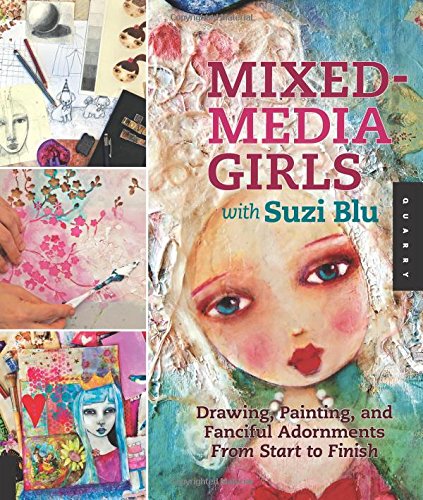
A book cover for Mixed-Media Girls with Suzi Blu: Drawing, Painting, and Fanciful Adornments from Start to Finish; Suzi Blu; Crafts, Hobbies & Home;